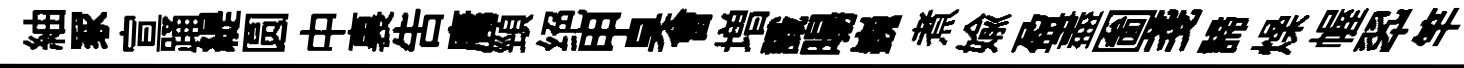
紬冢宣踊緹圆中裏吿庸頸绝甲臭㑹増識暘巍煮媮盈盡圗戔諦燥幄翆竿